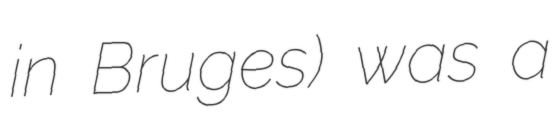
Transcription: in Bruges) was a